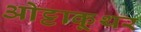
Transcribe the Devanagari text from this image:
ओट्टाकूथर